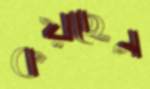
কয়ছেন